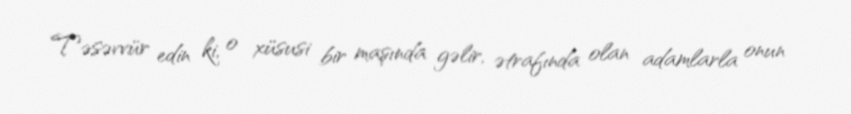
Təsəvvür edin ki, o xüsusi bir maşında gəlir, ətrafında olan adamlarla onun